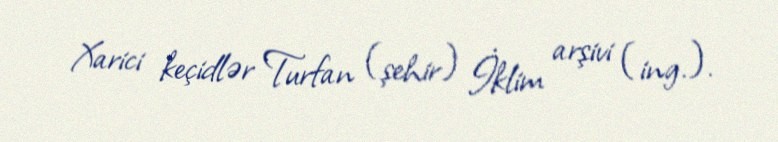
Xarici keçidlər Turfan (şehir) İklim arşivi (ing.).